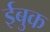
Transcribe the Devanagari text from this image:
ईबुक